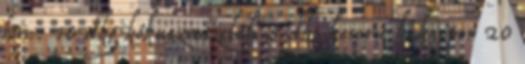
főre: 10 dkg kókuszreszelék 5 dkg keserű kakaópor 20